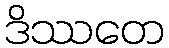
ဒိဿတေ